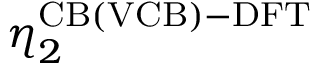
\eta _ { 2 } ^ { \mathrm { C B ( V C B ) - D F T } }